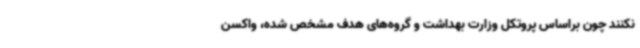
نکنند چون براساس پروتکل وزارت بهداشت و گروه‌های هدف مشخص شده، واکسن